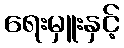
ရေးမှူးနှင့်